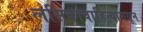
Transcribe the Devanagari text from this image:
लसिकावाहिन्यामधून